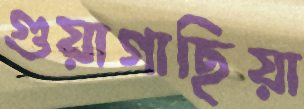
গুয়াগাছিয়া